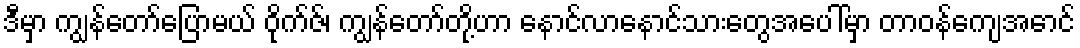
ဒီမှာ ကျွန်တော်ပြောမယ် ဝိုက်ဇ်၊ ကျွန်တော်တို့ဟာ နောင်လာနောင်သားတွေအပေါ်မှာ တာဝန်ကျေအောင်